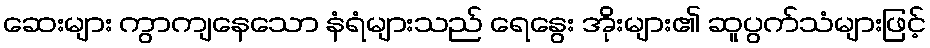
ဆေးများ ကွာကျနေသော နံရံများသည် ရေနွေး အိုးများ၏ ဆူပွက်သံများဖြင့်